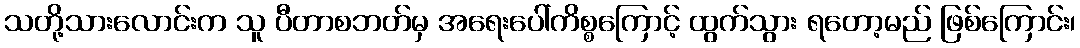
သတို့သားလောင်းက သူ ပီတာစဘတ်မှ အရေးပေါ်ကိစ္စကြောင့် ထွက်သွား ရတော့မည် ဖြစ်ကြောင်း၊